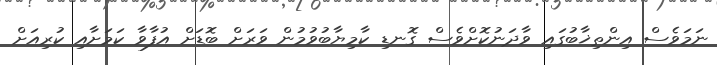
ނަމަވެސް އިންތިޚާބުގައި ވާދަނުކޮށްވެސް ގޮނޑި ކާމިޔާބުވުމުން ވަރަށް ބޮޑަށް އުފާވާ ކަމަށާއި ކުރިއަށް